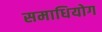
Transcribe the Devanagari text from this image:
समाधियोग